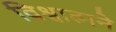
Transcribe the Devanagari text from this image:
विश्वात्मने